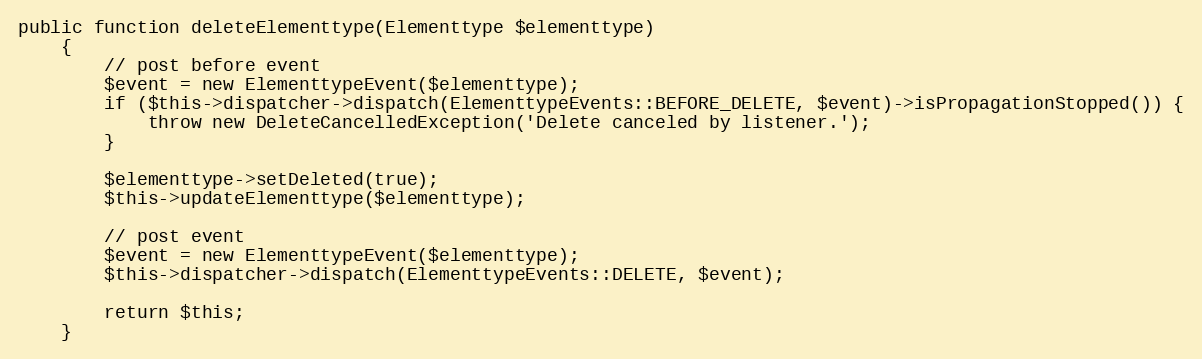
Language: PHP
public function deleteElementtype(Elementtype $elementtype)
    {
        // post before event
        $event = new ElementtypeEvent($elementtype);
        if ($this->dispatcher->dispatch(ElementtypeEvents::BEFORE_DELETE, $event)->isPropagationStopped()) {
            throw new DeleteCancelledException('Delete canceled by listener.');
        }

        $elementtype->setDeleted(true);
        $this->updateElementtype($elementtype);

        // post event
        $event = new ElementtypeEvent($elementtype);
        $this->dispatcher->dispatch(ElementtypeEvents::DELETE, $event);

        return $this;
    }